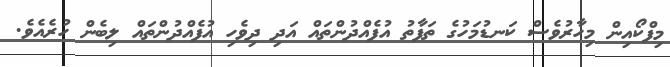
މިފްކޯއިން މިހާރުވެސް ކަނޑުމަހުގެ ތަފާތު އުފެއްދުންތައް އަދި ދިވެހި އުފެއްދުންތައް ލިބެން ހުރެއެވެ.